Civil Veterinary Dept. Bombay admin report 1907-1913 - 1907-1913
Year: 1907
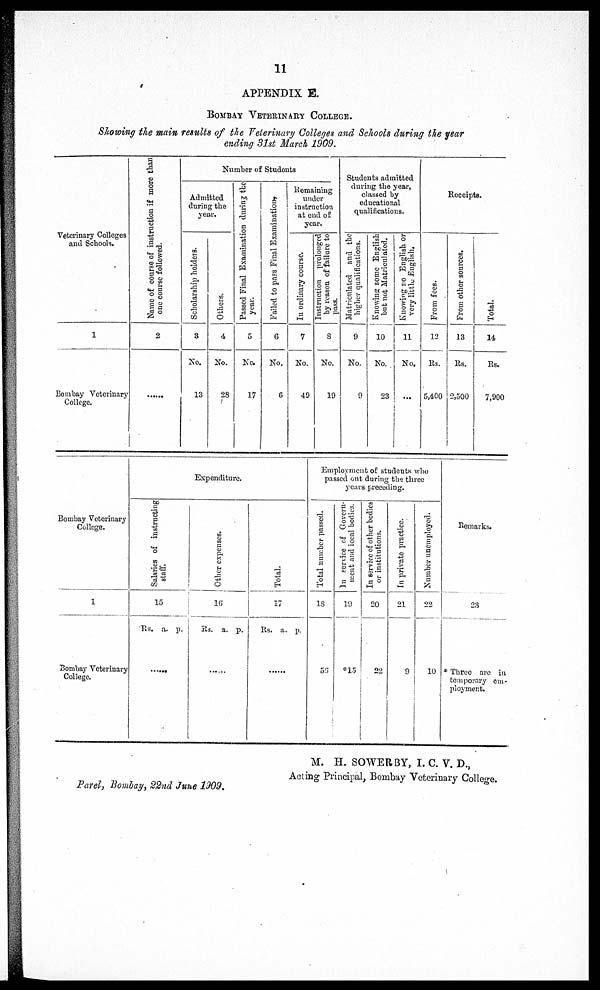
11
APPENDIX S.
Bombay Veterinary College.
Showing the main results of the Veterinary Colleges and Schools during the year
ending 31st March 1909.
Veterinary Colleges
and Schools.
1
Bombay Veterinary
College.
Name of course of instruction if more than
one course followed.
2
......
Number of Students
Admitted
during the
year.
Scholarship holders.
3
No.
13
Others.
4
No.
28
Passed Final Examination during the
year.
5
No.
17
Failed to pass Final Examinations
6
No.
6
Remaining
under
instruction
at end of
year.
In ordinary course.
7
No.
49
Instruction prolonged
by reason of failure to
pass.
8
No.
19
Students admitted
during the year,
classed by
educational
qualifications.
Matriculated and the
higher qualifications.
9
No.
9
Knowing some English
but not Matriculated.
10
No.
23
Knowing no English or
very little English.
11
No.
...
Receipts.
From fees.
12
Rs.
5,400
From other sources.
13
Rs.
2,500
Total.
14
Rs.
7,900
Bombay Veterinary
College.
1
Bombay Veterinary
College.
Expenditure.
Salaries of instructing
staff.
15
Rs. a. p.
.......
Other expenses.
16
Rs. a. p.
.......
Total.
17
Rs. a. p.
.......
Employment of students who
passed out during the three
years preceding.
Total number passed.
18
56
In service of Govern-
ment and local bodies.
19
*15
In service of other bodies
or institutions.
20
22
In private practice.
21
9
Number unemployed.
22
10
Remarks.
28
* Three are in
temporary em-
ployment.
M. H. SOWER BY, I. C. V. D.,
Acting Principal, Bombay Veterinary College.
Parel, Bombay, 22nd June 1909.